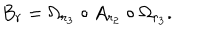
B _ { r } = \Omega _ { r _ { 3 } } \circ A _ { r _ { 2 } } \circ \Omega _ { r _ { 3 } } .